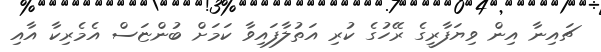
ޗައިނާ އިން ވިޔަފާރީގެ ރޭހުގެ ކުރި އަތުލާފައިވާ ކަމަށް ބުންޏަސް އެމެރިކާ އާއި